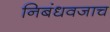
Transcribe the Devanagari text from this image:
निबंधवजाच